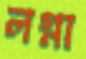
লগ্না